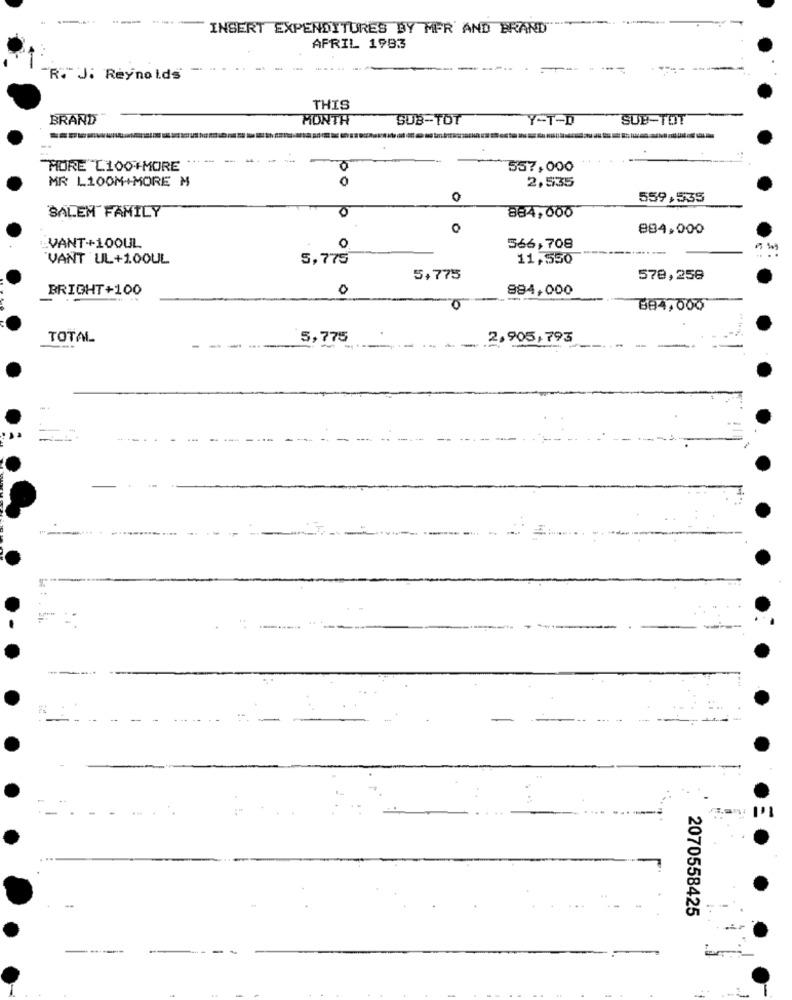
-----
INSERT EXPENDITURES BY MER AND BRAND
APRIL 1993
"R. J. Reynolds
THIS
BRAND
MONTH
SUB-TOT
Y-T-D
SUB-TOT
0
"MORE"L100+MORE ***
557,000
MR L100M+MORE M
2,535
0
o
559,535
BALEM FAMILY
884,000
0
884,000
VANT+100UL
o
566,708
"VANT UL+100UL
5,775
11,550
5.775
578,256
BRIGHT+100
0
894,000
0
884,000
TOTAL
5,775
2,905,793
2070558425